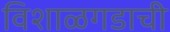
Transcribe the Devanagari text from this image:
विशाळगडाची